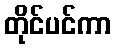
တိုင်ပင်ကာ